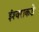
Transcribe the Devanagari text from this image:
ईश्‍वराकडे